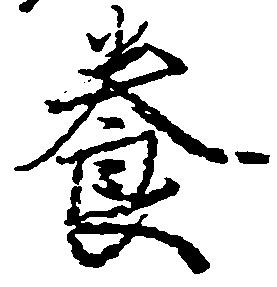
養